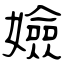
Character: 嬐